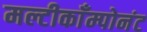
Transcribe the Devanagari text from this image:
मल्टीकाँम्पोनंट